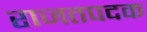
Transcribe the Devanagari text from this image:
राजतपदक